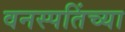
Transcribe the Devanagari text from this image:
वनस्पतिंच्या